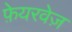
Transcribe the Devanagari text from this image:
फ़ेयरवेज़